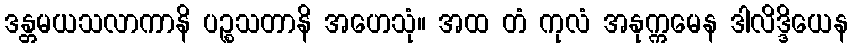
ဒန္တမယသလာကာနိ ပဉ္စသတာနိ အဟေသုံ။ အထ တံ ကုလံ အနုက္ကမေန ဒါလိဒ္ဒိယေန